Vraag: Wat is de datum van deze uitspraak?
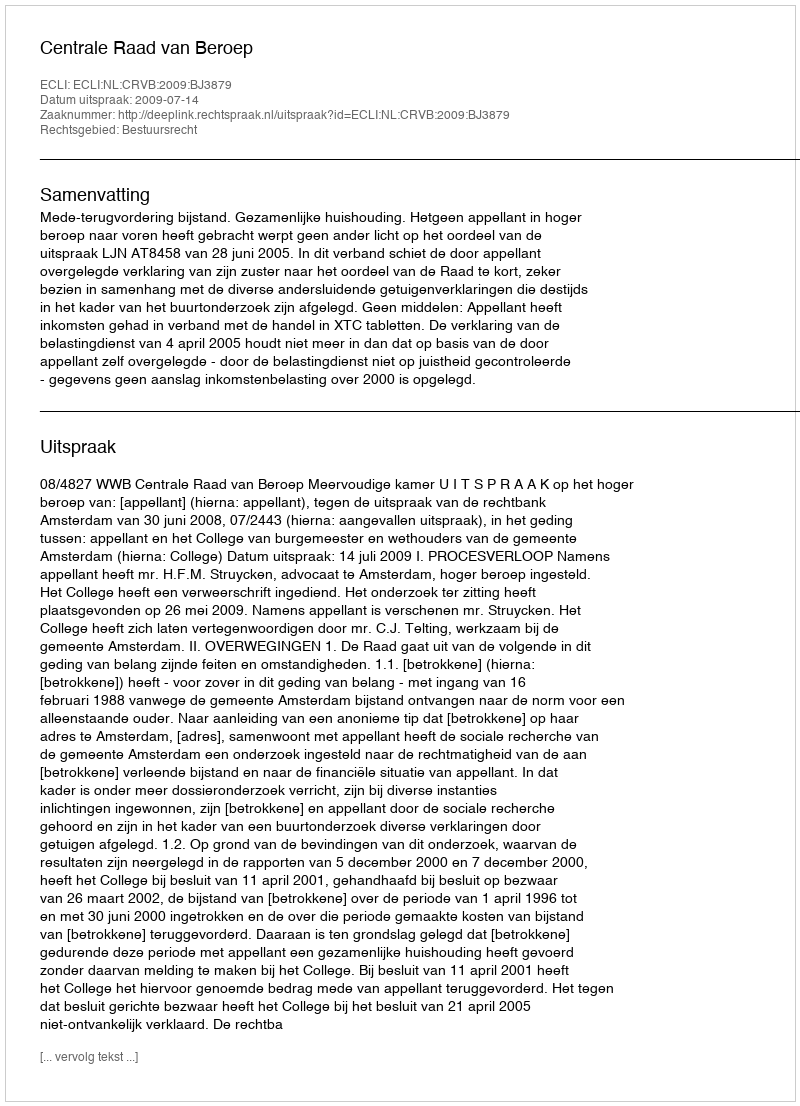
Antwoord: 2009-07-14